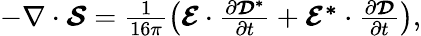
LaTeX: \begin{array}{r}{-\nabla\cdot\boldsymbol{\mathcal{S}}=\frac{1}{16\pi}\left(\boldsymbol{\mathcal{E}}\cdot\frac{\partial\boldsymbol{\mathcal{D}^{*}}}{\partial t}+\boldsymbol{\mathcal{E}^{*}}\cdot\frac{\partial\boldsymbol{\mathcal{D}}}{\partial t}\right),}\end{array}